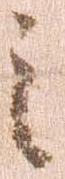
之